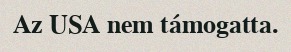
Az USA nem támogatta.